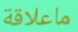
ماعلاقة